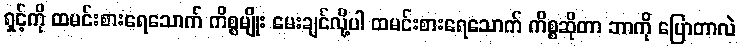
ရှင့်ကို ထမင်းစားရေသောက် ကိစ္စမျိုး မေးချင်လို့ပါ ထမင်းစားရေသောက် ကိစ္စဆိုတာ ဘာကို ပြောတာလဲ